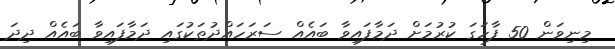
މިނިވަން 50 ފާހަގަ ކުރުމަށް ދަމާފައިވާ ބައެއް ސަރަހައްދުތަކުގައި ދަމާފައިވާ ބައެއް ދިދަ